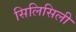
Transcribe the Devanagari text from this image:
सिलिसिली